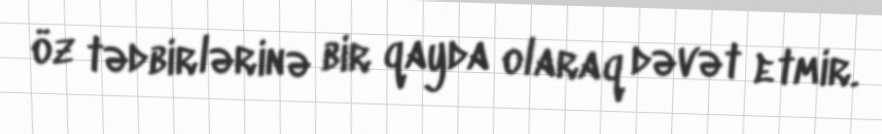
öz tədbirlərinə bir qayda olaraq dəvət etmir.